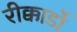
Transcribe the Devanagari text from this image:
रीक्कार्डो